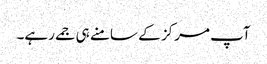
آپ مرکز کے سامنے ہی جمے رہے۔